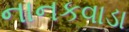
નાનકવાડા